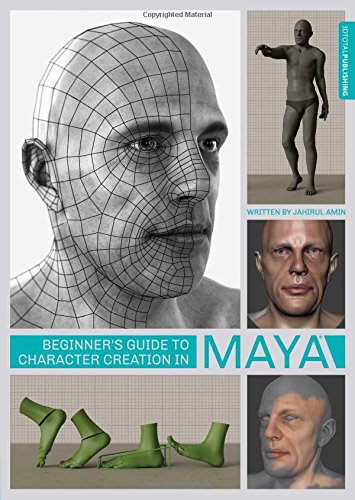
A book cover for Beginner's Guide to Character Creation in Maya; Jahirul Amin; Arts & Photography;